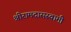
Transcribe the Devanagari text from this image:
श्रीरामदासस्वामी